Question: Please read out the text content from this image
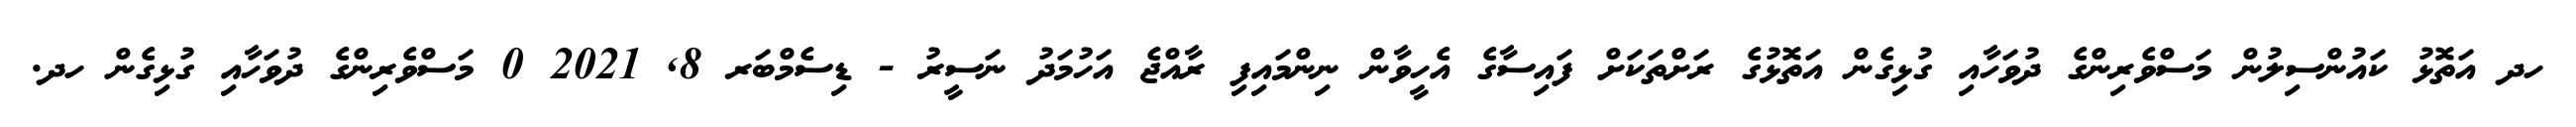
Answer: ހދ އަތޮޅު ކައުންސިލުން މަސްވެރިންގެ ދުވަހާއި ގުޅިގެން އަތޮޅުގެ ރަށްތަކަށް ފައިސާގެ އެހީވާން ނިންމައިފި ރާއްޖެ އަހުމަދު ނަސީރު - ޑިސެމްބަރ 8, 2021 0 މަސްވެރިންގެ ދުވަހާއި ގުޅިގެން ހދ.